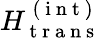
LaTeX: H_{\mathrm{~t~r~a~n~s~}}^{\mathrm{~(~i~n~t~)~}}